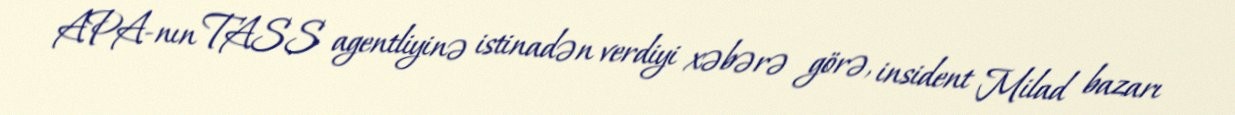
APA-nın TASS agentliyinə istinadən verdiyi xəbərə görə, insident Milad bazarı